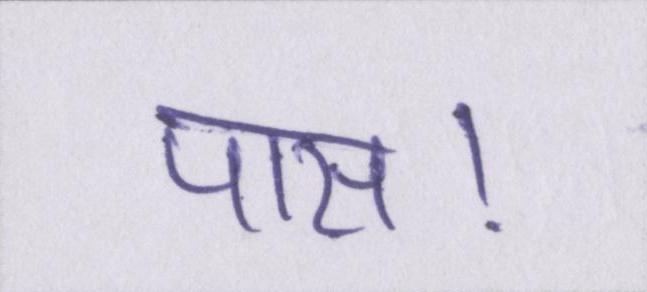
पास।